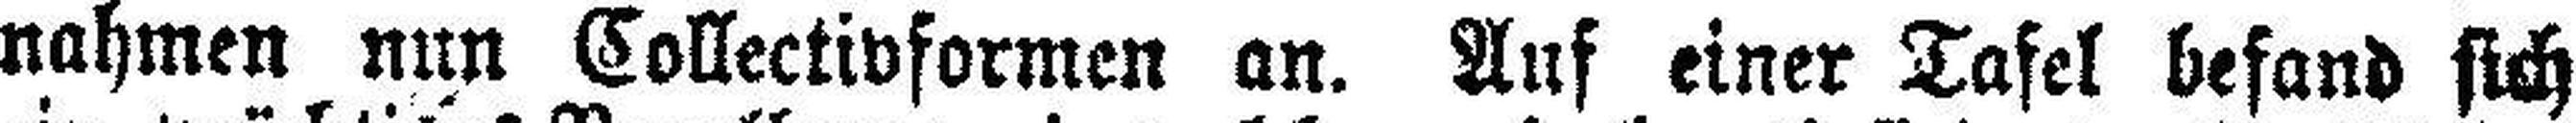
nahmen nun Collectivformen an. Auf einer Tafel befand sich